Punjab Mental Hospital Lahore 1932-46 - 1932-1946
Year: 1932
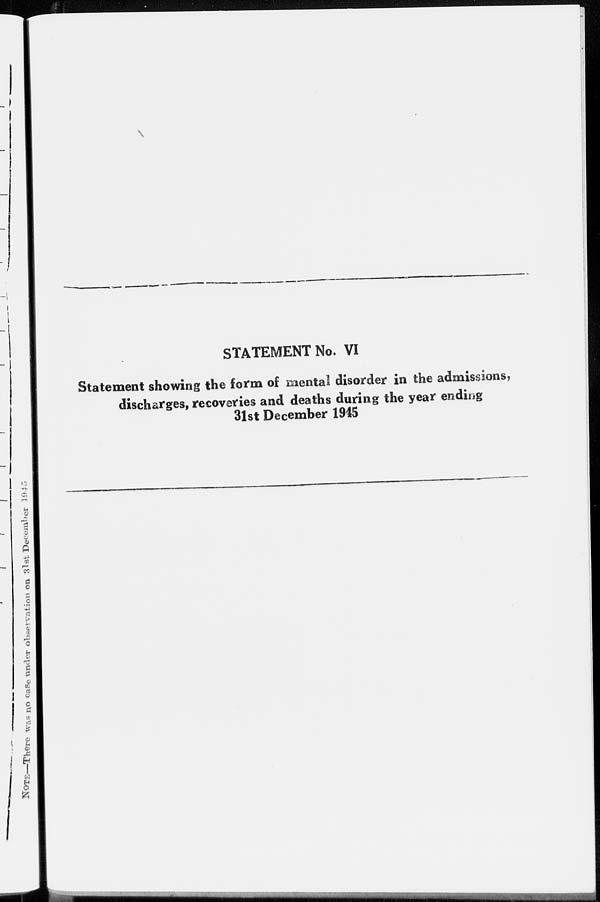
STATEMENT No. VI
Statement showing the form of mental disorder in the admissions,
discharges, recoveries and deaths during the year ending
31st December 1945